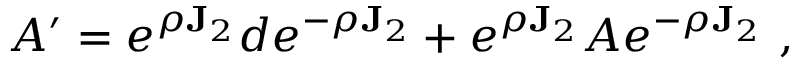
A ^ { \prime } = e ^ { \rho \mathbf { J } _ { 2 } } d e ^ { - \rho \mathbf { J } _ { 2 } } + e ^ { \rho \mathbf { J } _ { 2 } } A e ^ { - \rho \mathbf { J } _ { 2 } } ~ ,